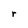
Character: r